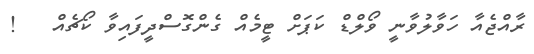
ރާއްޖެއާ ހަވާލުވާނީ ވޯލްޑް ކަޕަށް ޓީމެއް ގެންގޮސްދީފައިވާ ކޯޗެއް   !